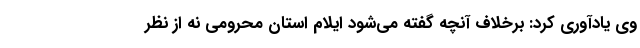
وی یادآوری کرد: برخلاف آنچه گفته می‌شود ایلام استان محرومی نه از نظر